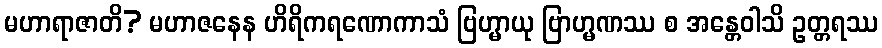
မဟာရာဇာတိ? မဟာဇနေန ဟိရိကရဏောကာသံ ဗြဟ္မာယု ဗြာဟ္မဏဿ စ အန္တေဝါသိ ဥတ္တရဿ